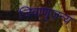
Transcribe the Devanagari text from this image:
जिवाणुजन्य